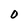
Character: 0